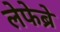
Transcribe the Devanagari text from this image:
लेफेब्रे